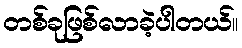
တစ်ခုဖြစ်လာခဲ့ပါတယ်။